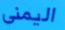
اليمني